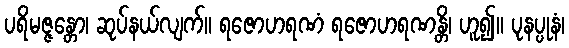
ပရိမဇ္ဇန္တော၊ ဆုပ်နယ်လျက်။ ရဇောဟရဏံ ရဇောဟရဏန္တိ၊ ဟူ၍။ ပုနပ္ပုနံ၊